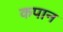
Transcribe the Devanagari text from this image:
कपान